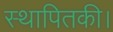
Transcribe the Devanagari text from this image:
स्थापितकी।